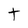
Character: t